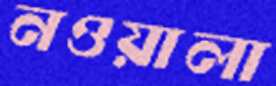
নওয়ালা